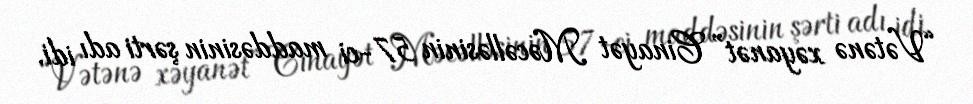
“Vətənə xəyanət” Cinayət Məcəlləsinin 57-ci maddəsinin şərti adı idi.